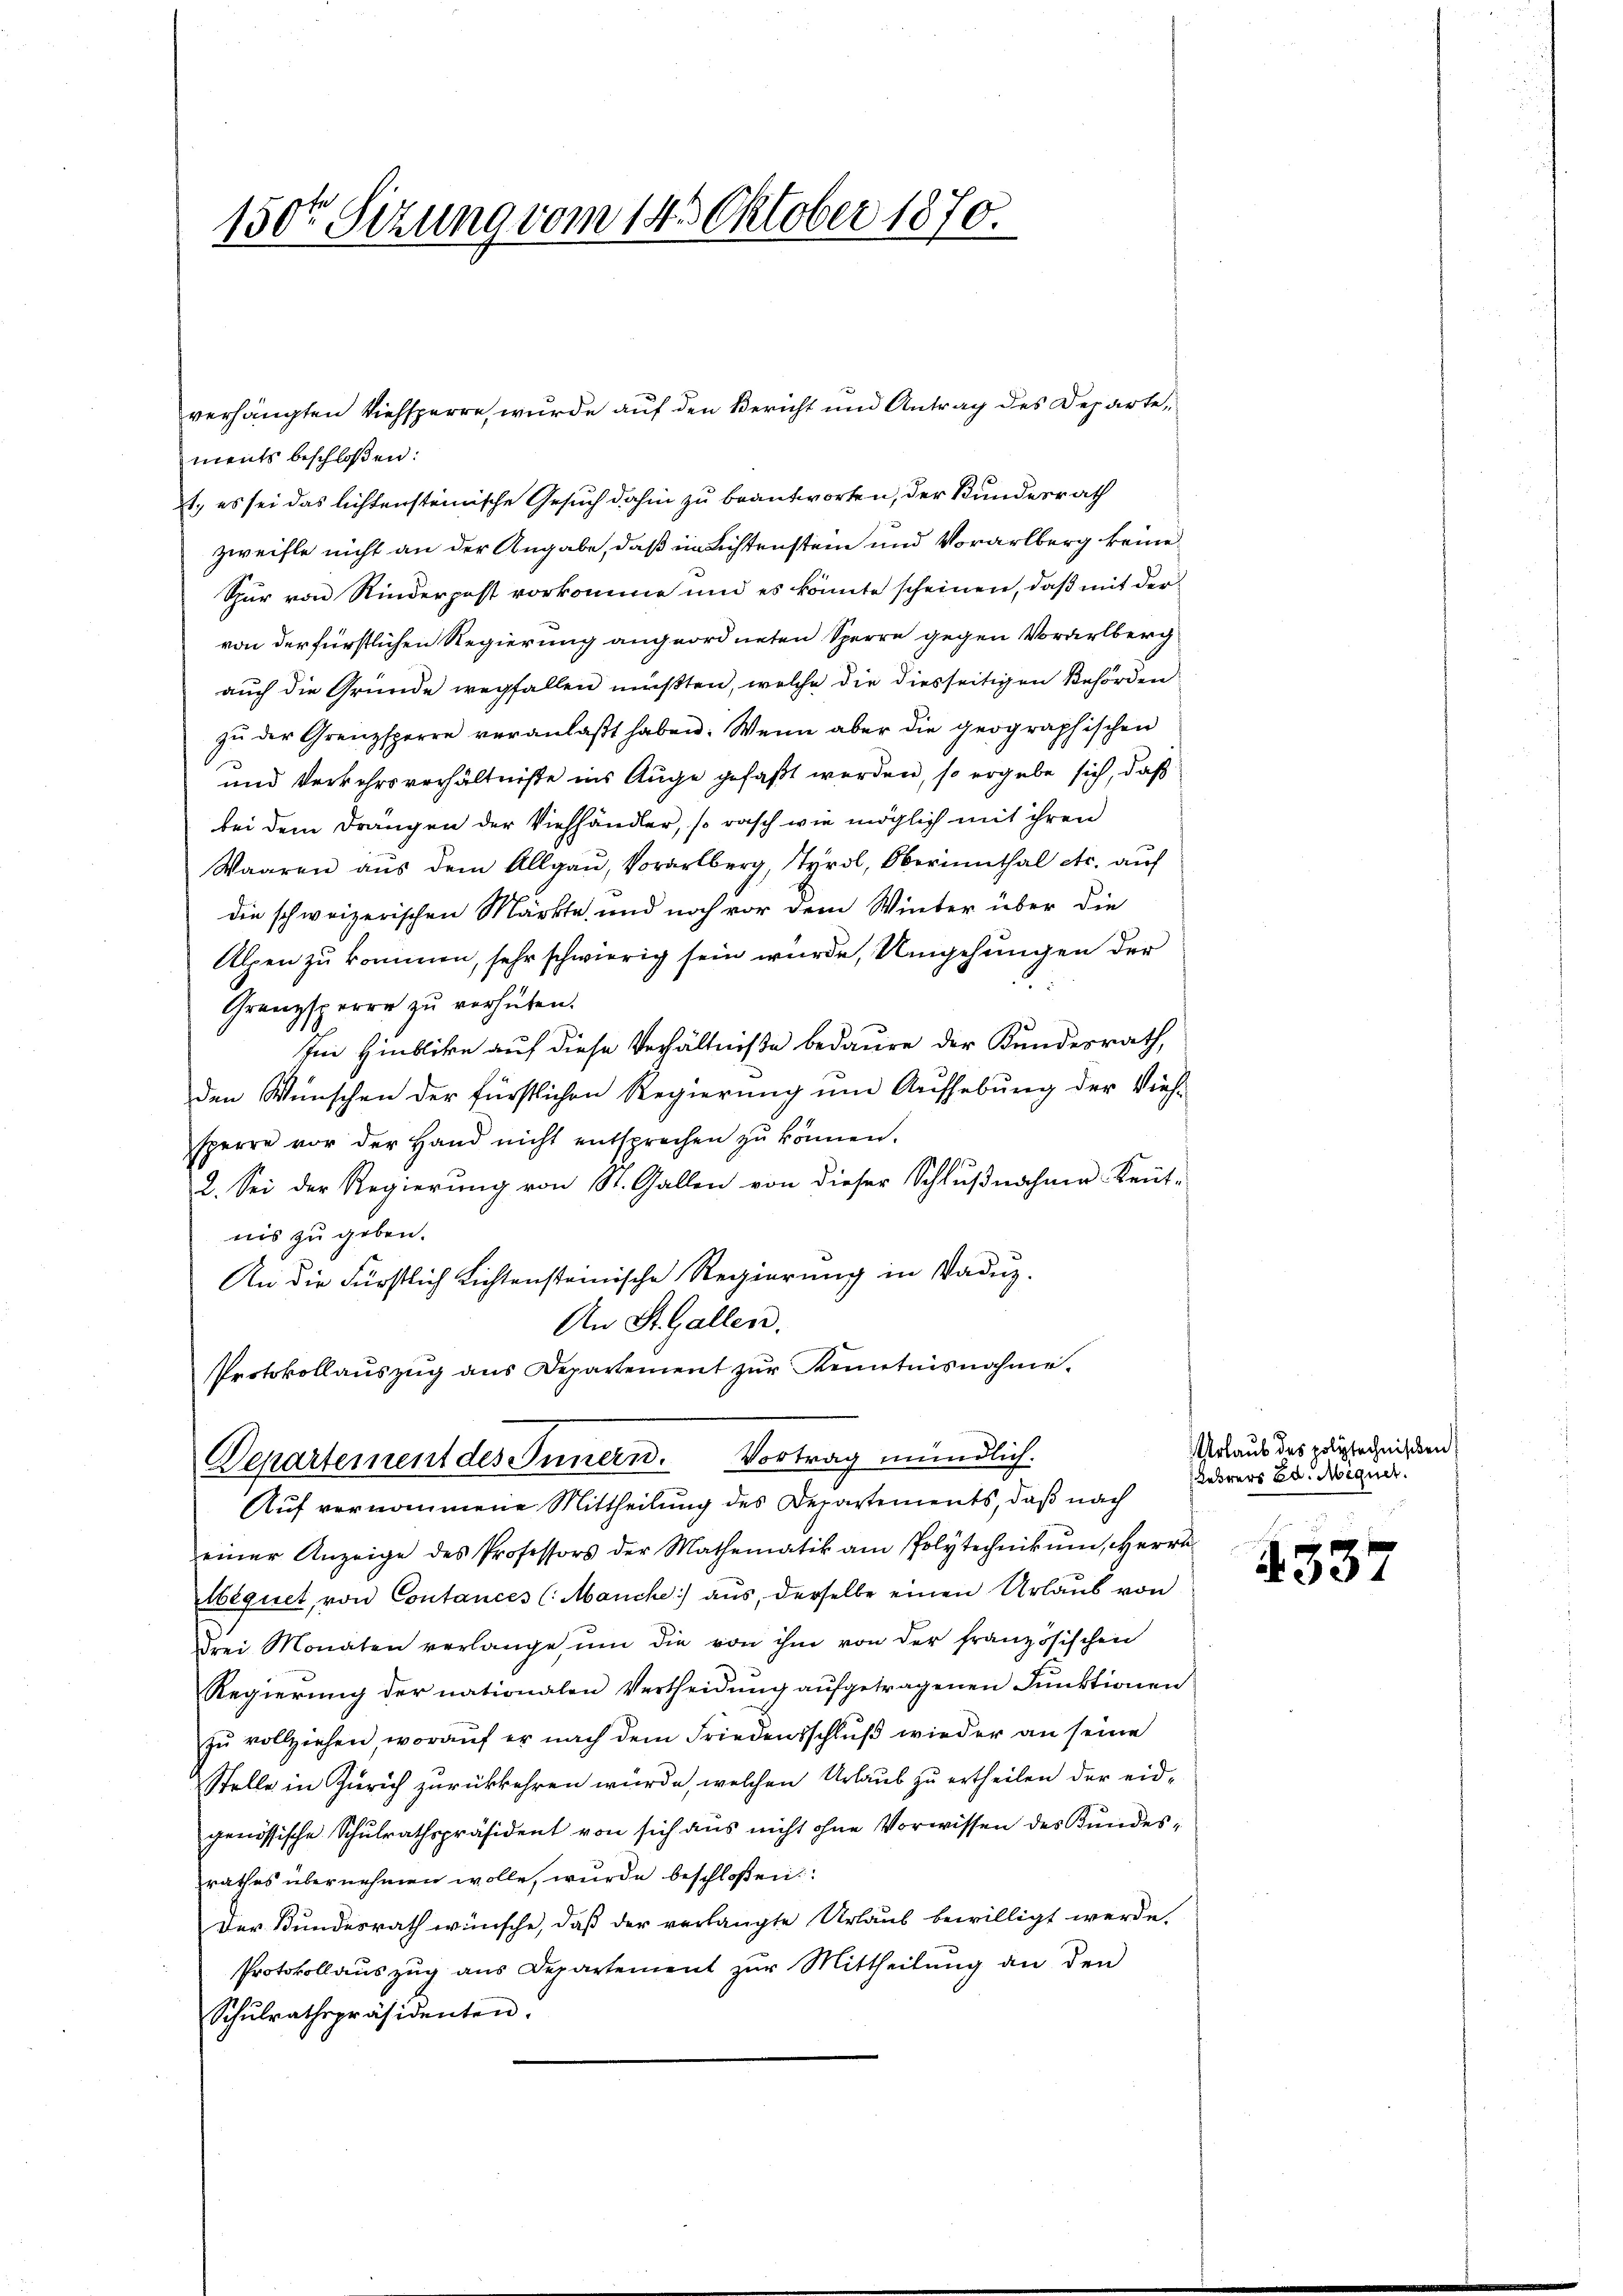
150ten Sizung vom 14. Oktober 1870.

ments beschloßen:
1., es sei das lichtensteinische Gesuch dahin zu beantworten, der Bundesrath
zweifle nicht an der Angabe, daß in Lichtenstein und Vorarlberg keine
Sur von Kinderpost vorkomme und es könnte scheinen, daß mit der
von der fürstlichen Regierung angeordneten Sperre gegen Vorarlberg
auch die Gründe wegfallen müßten, welche die diesseitigen Behörden
zu der Grenzsperre veranlaßt haben. Wenn aber die geographischen
und Verkehrsverhältniße ins Auge gefaßt werden, so ergebe sich, daß
bei dem Drangen der Viehhändler, so rasch wie möglich mit ihren
Waaren aus dem Allgaŭ, Vorarlberg, Tyrol, Oberinnthal etc. auf
die schweizerischen Märkte, und noch vor dem Winter über die
Alpen zu kommen, sehr schwierig sein würde, Umgehungen der
Granzsperre zu verhüten.
Im Hinblicke auf diese Verhältniße bedaure der Bundesrath,
den Wünschen der fürstlichen Regierung um Aufhebung der Vieh-
sperre vor der Hand nicht entsprechen zŭ können.
2. Sei der Regierung von St. Gallen von dieser Schlußnahme Kennt-
nis zu geben.
An die Fürstlich Lichtensteinische Regierung in Vadez.
An St. Gallen.
Protokollauszug aus Departement zur Kenntnisnahme.
Departement des Innern. Vortrag mündlich.
Auf vernommene Mittheilung des Departements, daß nach
einer Anzeige des Professors der Mathematik am Polytechnikŭm, Herrn
bequet, von Contances (Manche aus, derselbe einen Urlaub von
drei Monaten verlange ŭm die von ihm von der französischen
Regierung der nationalen Vertheidung aufgetragenen Funktionen
zŭ vollziehen, woraŭf er nach dem Friedensschlŭβ wieder an seine
Stelle in Zürich zurückkehren würde, welchen Urlaub zu ertheilen der eidgenössische Schulrathspräsident von sich aus nicht ohne Vorwissen des Kundesrathes übernehmen wolle, wurde beschloßen:
Der Bundesrath wünsche, daß der verlangte Urlaub bewilligt werde.
Protokollauszug aus Departement zŭr Mittheilŭng an den
Schŭlrathspräsidenten.

verhängten Viehsperre, wurde auf den Bericht und Antrag des Departe,

Urlaub des polytechnischen
Lehrers Ed. Miquer.

337